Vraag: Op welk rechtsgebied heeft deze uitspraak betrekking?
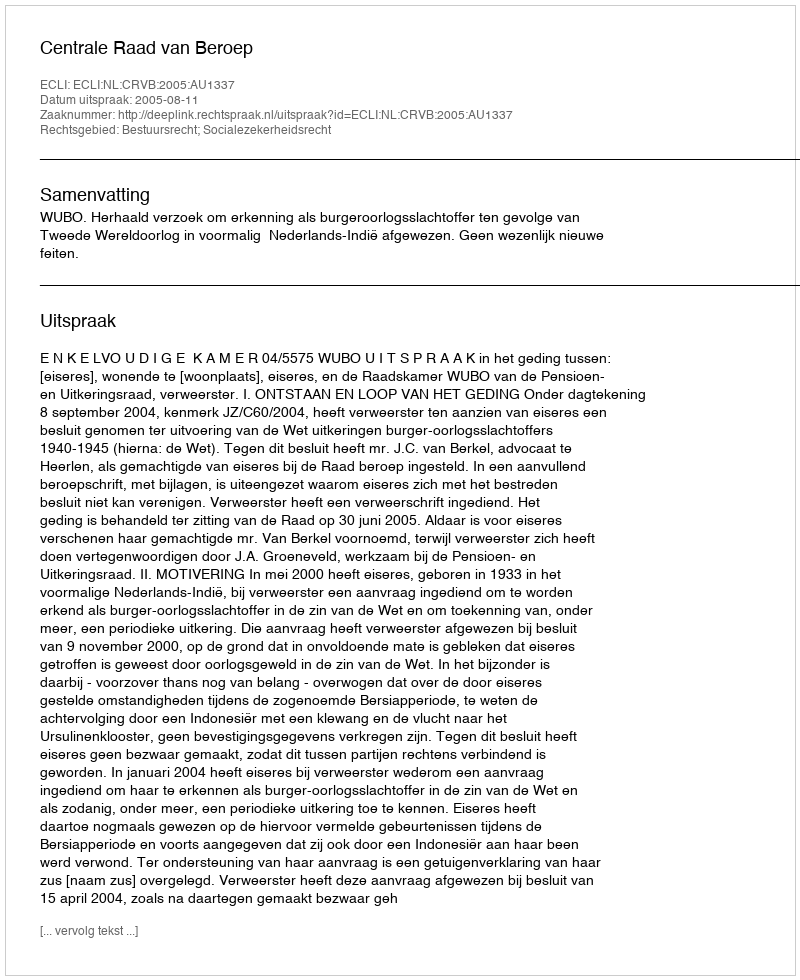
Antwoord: Bestuursrecht; Socialezekerheidsrecht